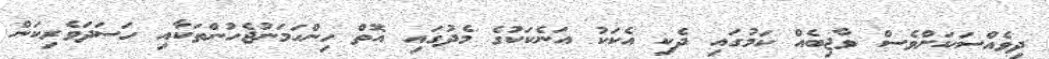
ދިވެއްސަކަށްވެސް ވާޖިބެއް ކަމުގައި ދެކި އެކަކު އަނެކަކުގެ މެދުގައި އޮތް ހިންހަމަނުޖެހުންތަކާއި ހަސަދަވެރިކަން